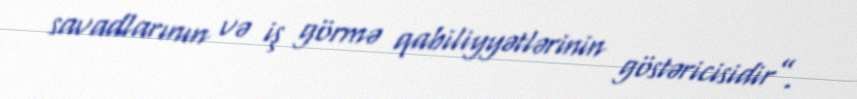
savadlarının və iş görmə qabiliyyətlərinin göstəricisidir”.